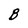
Character: B